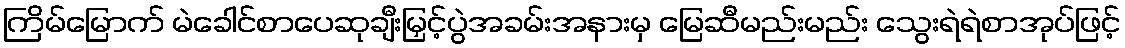
ကြိမ်မြောက် မဲခေါင်စာပေဆုချီးမြှင့်ပွဲအခမ်းအနားမှ မြေဆီမည်းမည်း သွေးရဲရဲစာအုပ်ဖြင့်